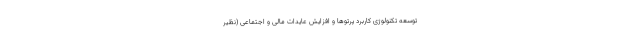
توسعه تکنولوژی کاربرد پرتوها و افزایش عایدات مالی و اجتماعی (نظیر